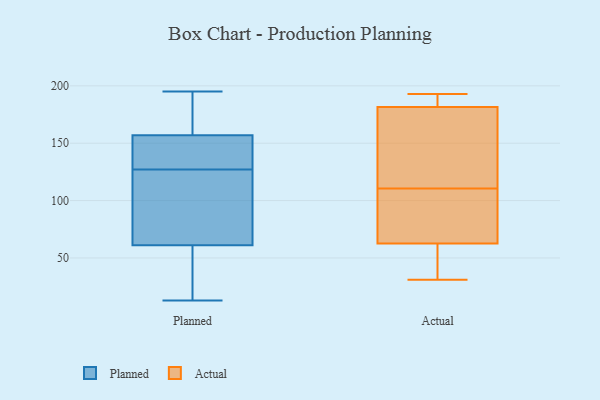
{"axis": {"x": "Conversion Rate (%)", "y": "Value"}, "legend": ["Actual", "Planned"], "data": [{"x": "", "y": 137, "type": "Planned"}, {"x": "", "y": 90, "type": "Planned"}, {"x": "", "y": 174, "type": "Planned"}, {"x": "", "y": 56, "type": "Planned"}, {"x": "", "y": 139, "type": "Planned"}, {"x": "", "y": 153, "type": "Planned"}, {"x": "", "y": 132, "type": "Planned"}, {"x": "", "y": 195, "type": "Planned"}, {"x": "", "y": 97, "type": "Planned"}, {"x": "", "y": 122, "type": "Planned"}, {"x": "", "y": 157, "type": "Planned"}, {"x": "", "y": 163, "type": "Planned"}, {"x": "", "y": 23, "type": "Planned"}, {"x": "", "y": 13, "type": "Planned"}, {"x": "", "y": 61, "type": "Planned"}, {"x": "", "y": 191, "type": "Planned"}, {"x": "", "y": 25, "type": "Planned"}, {"x": "", "y": 114, "type": "Planned"}, {"x": "", "y": 77, "type": "Actual"}, {"x": "", "y": 103, "type": "Actual"}, {"x": "", "y": 118, "type": "Actual"}, {"x": "", "y": 54, "type": "Actual"}, {"x": "", "y": 71, "type": "Actual"}, {"x": "", "y": 169, "type": "Actual"}, {"x": "", "y": 193, "type": "Actual"}, {"x": "", "y": 184, "type": "Actual"}, {"x": "", "y": 33, "type": "Actual"}, {"x": "", "y": 187, "type": "Actual"}, {"x": "", "y": 31, "type": "Actual"}, {"x": "", "y": 179, "type": "Actual"}]}